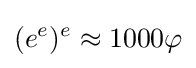
(e^{e})^{e}\approx 1000\varphi